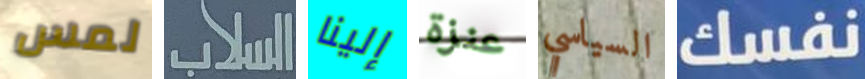
لمس السلاب إلينا عنزة السياسي نفسك